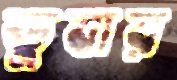
ডুবার